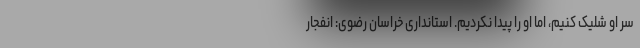
سَر او شلیک کنیم، اما او را پیدا نکردیم. استانداری خراسان رضوی: انفجار